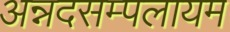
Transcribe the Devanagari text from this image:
अन्नदसम्पलायम